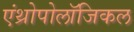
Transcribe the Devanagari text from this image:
एंथ्रोपोलॉजिकल